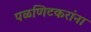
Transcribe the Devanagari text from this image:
पळणिटकरांना